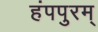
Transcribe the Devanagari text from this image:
हंपपुरम्